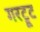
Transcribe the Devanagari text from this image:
गरट्रूट